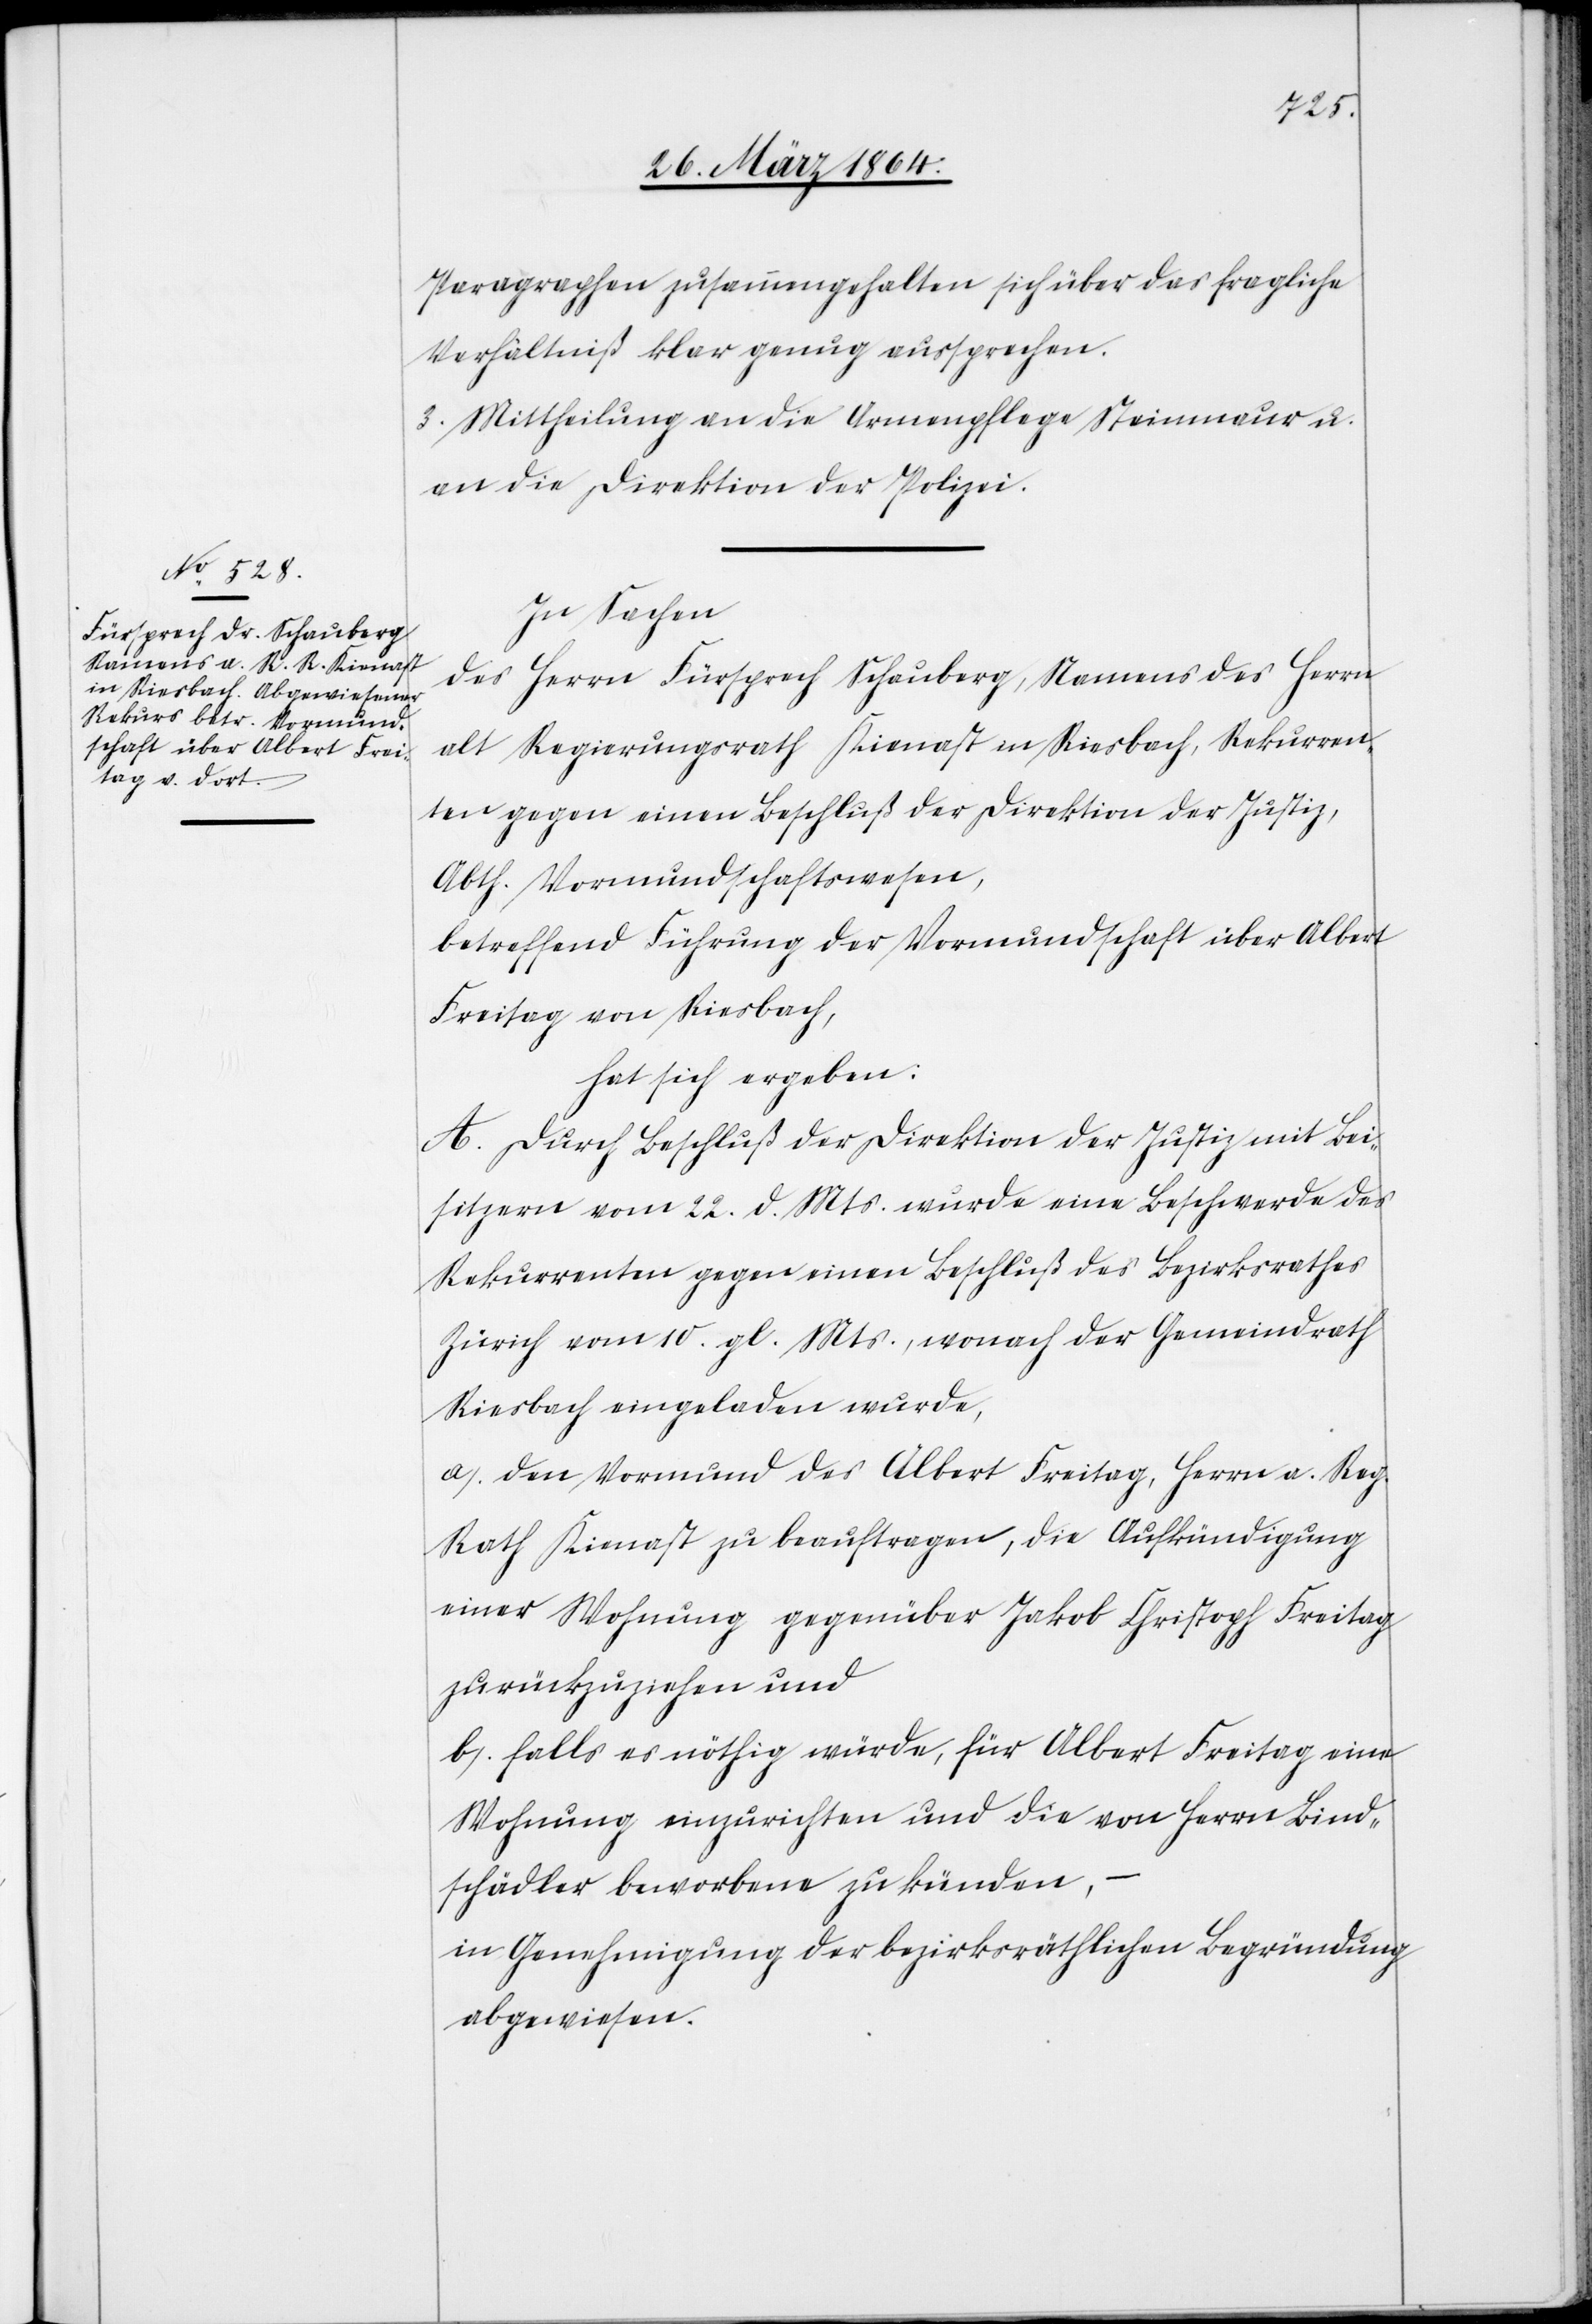
Paragraphen zusammengehalten sich über das fragliche
Verhältniß klar genug aussprechen.
3. Mittheilung an die Armenpflege Steinmaur u.
an die Direktion der Polizei.
In Sachen
des Herrn Fürsprech Schauberg, Namens des Herrn
alt Regierungsrath Kienast in Riesbach, Rekurren¬
ten gegen einen Beschluß der Direktion der Justiz,
Abth. Vormundschaftswesen,
betreffend Führung der Vormundschaft über Albert
Freitag von Riesbach,
hat sich ergeben:
A. Durch Beschluß der Direktion der Justiz mit Bei¬
sitzern vom 22. d. Mts. wurde eine Beschwerde des
Rekurrenten gegen einen Beschluß des Bezirksrathes
Zürich vom 10. gl. Mts., wonach der Gemeindrath
Riesbach eingeladen wurde,
a.) den Vormund des Albert Freitag, Herrn a. Reg.
Rath Kienast zu beauftragen, die Aufkündigung
einer Wohnung gegenüber Jakob Christoph Freitag
zurückzuziehen und
b.) falls es nöthig würde, für Albert Freitag eine
Wohnung einzurichten und die von Herrn Bind¬
schädler beworbene zu künden,
in Genehmigung der bezirksräthlichen Begründung
abgewiesen.